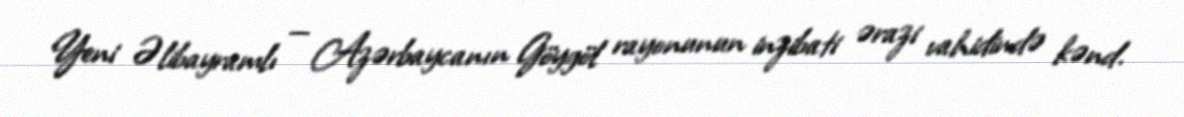
Yeni Əlibayramlı — Azərbaycanın Göygöl rayonunun inzibati ərazi vahidində kənd.